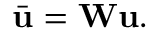
\bar { \mathbf { u } } = \mathbf { W } \mathbf { u } .